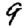
Digit: 9